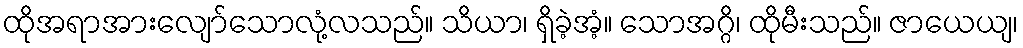
ထိုအရာအားလျော်သောလုံ့လသည်။ သိယာ၊ ရှိခဲ့အံ့။ သောအဂ္ဂိ၊ ထိုမီးသည်။ ဇာယေယျ၊